Civil Veterinary Department Bengal reports 1923-33 - 1923-1933
Year: 1923
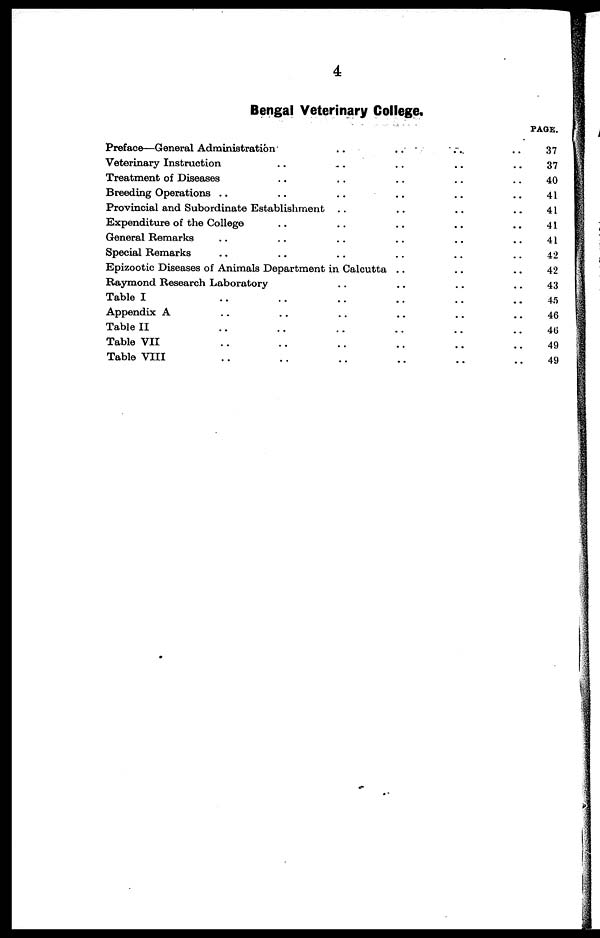
4
Bengal Veterinary College.
Preface—General Administration'
Veterinary Instruction ..
Treatment of Diseases ..
Breeding Operations ..
Provincial and Subordinate Establishment
Expenditure of the College ..
General Remarks .. ..
Special Remarks .. ..
..
..
..
..
..
..
..
..
..
..
..
..
..
..
..
..
Epizootic Diseases of Animals Department in Calcutta ..
Raymond Research Laboratory
Table I .. ..
Appendix A .. ..
Table II .. ..
Table VII .. ..
Table VIII .. ..
..
..
..
..
..
..
..
..
..
..
..
..
..
..
..
..
..
..
..
..
..
..
..
..
..
..
..
..
..
..
..
..
..
..
..
..
..
..
..
..
..
..
PAGE.
37
37
40
41
41
41
41
42
42
43
45
46
40
49
49